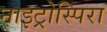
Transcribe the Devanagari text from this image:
नाइट्रोस्पिरा